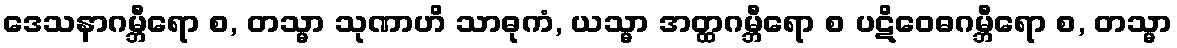
ဒေသနာဂမ္ဘီရော စ, တသ္မာ သုဏာဟိ သာဓုကံ, ယသ္မာ အတ္ထဂမ္ဘီရော စ ပဋိဝေဓဂမ္ဘီရော စ, တသ္မာ